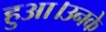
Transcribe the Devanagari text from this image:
हुआ।उनके